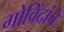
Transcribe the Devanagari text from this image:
गोविंदांचे